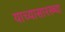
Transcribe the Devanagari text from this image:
याच्यासारख्या